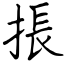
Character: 掁